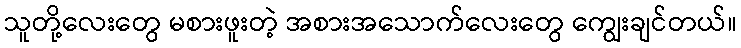
သူတို့လေးတွေ မစားဖူးတဲ့ အစားအသောက်လေးတွေ ကျွေးချင်တယ်။